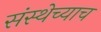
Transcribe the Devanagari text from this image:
संस्थेच्याच